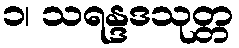
၁၊ သရန္ဒဒသုတ္တ